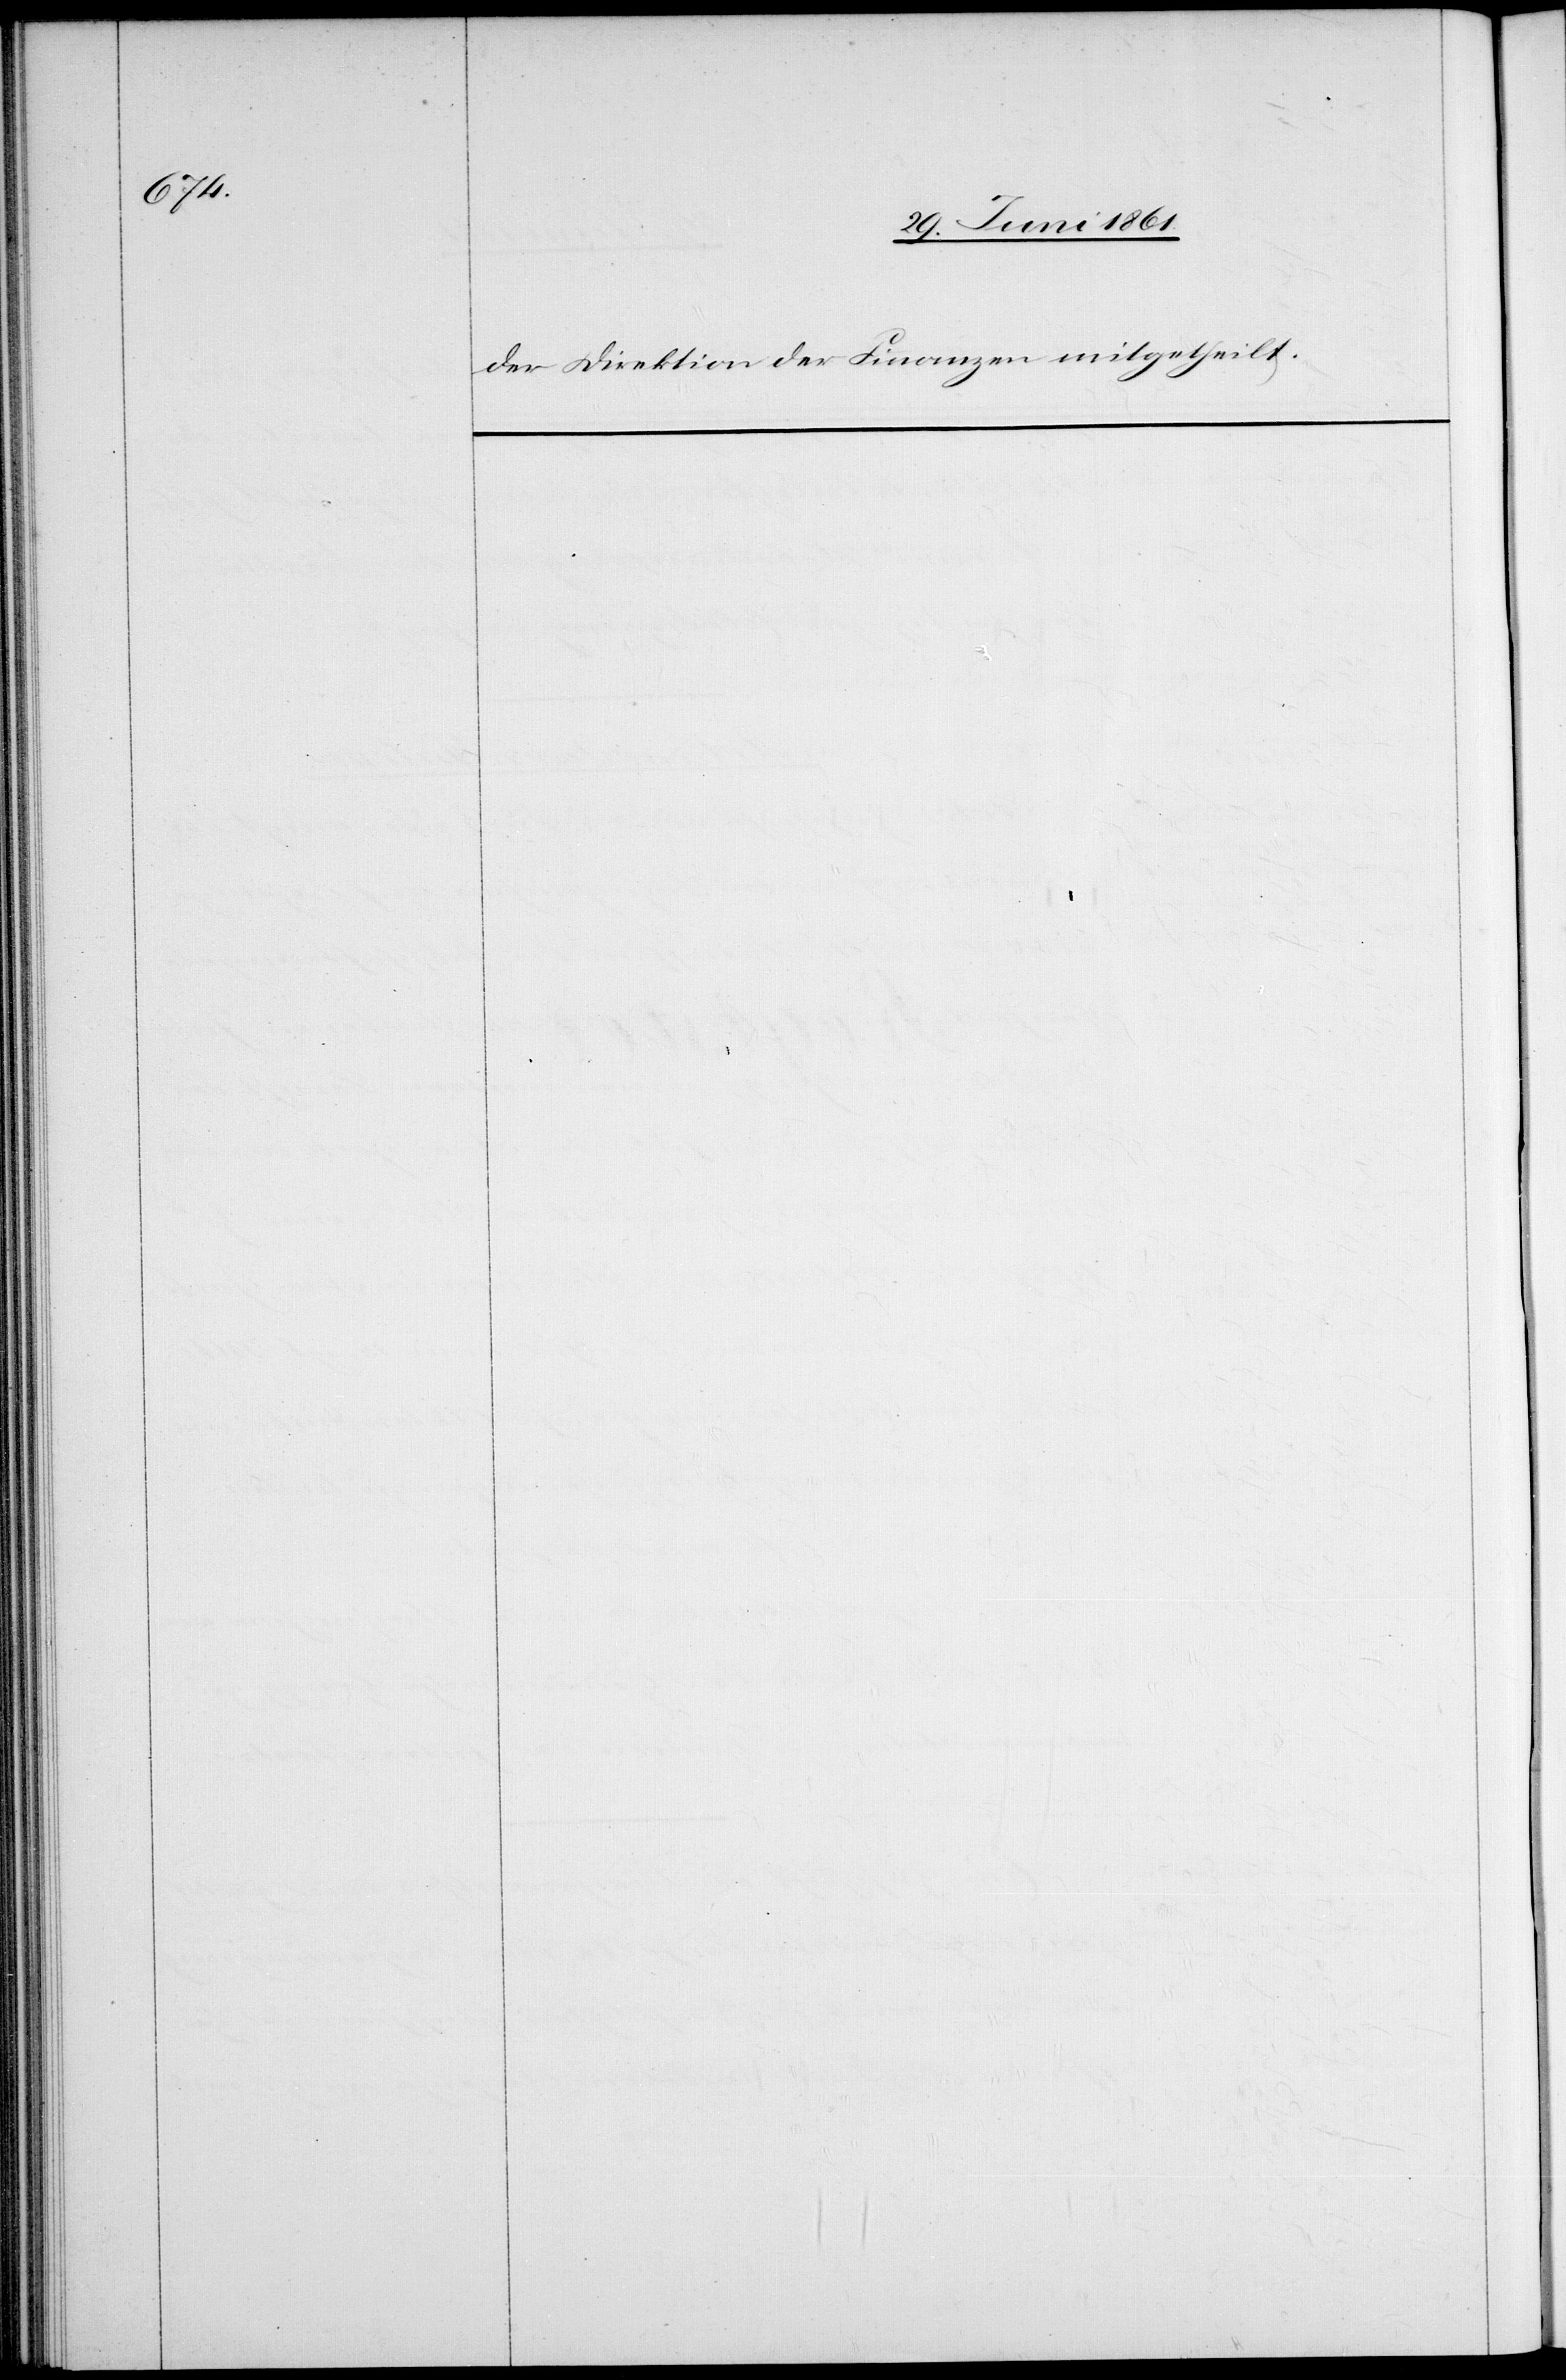
der Direktion der Finanzen mitgetheilt.